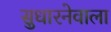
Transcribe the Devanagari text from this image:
सुधारनेवाला